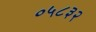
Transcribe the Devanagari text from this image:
०५८३२